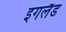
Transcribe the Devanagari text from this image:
इगलैंड